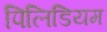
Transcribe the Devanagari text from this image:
पिलिडियम